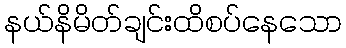
နယ်နိမိတ်ချင်းထိစပ်နေသော